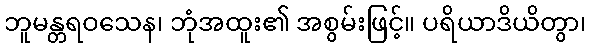
ဘူမန္တရဝသေန၊ ဘုံအထူး၏ အစွမ်းဖြင့်။ ပရိယာဒိယိတွာ၊